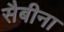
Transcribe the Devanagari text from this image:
सैबीना